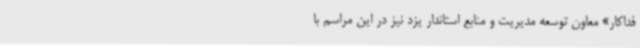
فداکار» معاون توسعه مدیریت و منابع استاندار یزد نیز در این مراسم با